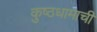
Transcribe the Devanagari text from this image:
कुष्ठधामाची